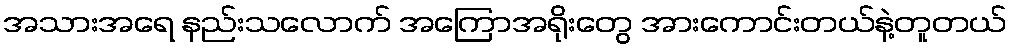
အသားအရေ နည်းသလောက် အကြောအရိုးတွေ အားကောင်းတယ်နဲ့တူတယ်